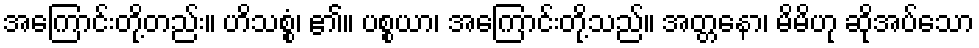
အကြောင်းတို့တည်း။ ဟိသစ္စံ၊ ၏။ ပစ္စယာ၊ အကြောင်းတို့သည်။ အတ္တနော၊ မိမိဟု ဆိုအပ်သော